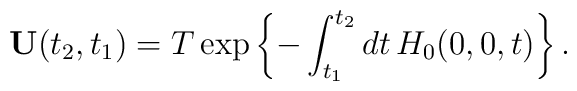
\mathbf{U}(t_2,t_1)=T\exp \left\{ -\int_{t_1}^{t_2}dt\,H_0(0,0,t)\right\} .